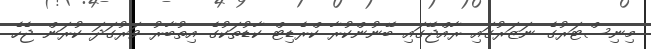
މިނިސްޓަރުގެ ނަޒަރުގައި ރާއްޖޭގައި ބޭނުންކުރާ ކްރެޑިޓް ކާޑުތަކުގެ އިތުބާރު ވަރުގަދަ ކުރަން ޖެހެ